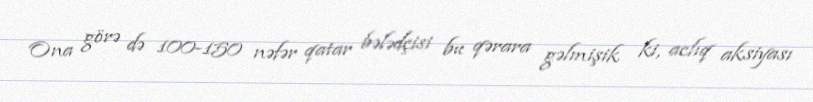
Ona görə də 100-150 nəfər qatar bələdçisi bu qərara gəlmişik ki, aclıq aksiyası